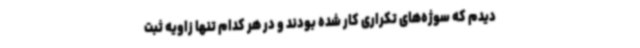
دیدم که سوژه‌های تکراری کار شده بودند و در هر کدام تنها زاویه ثبت